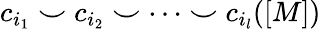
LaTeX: c_{i_{1}}\smile c_{i_{2}}\smile\dots\smile c_{i_{l}}([M])